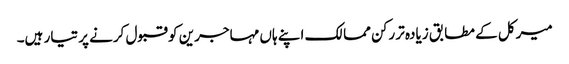
میرکل کے مطابق زیادہ تر رکن ممالک اپنے ہاں مہاجرین کو قبول کرنے پر تیار ہیں۔